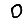
Digit: 0